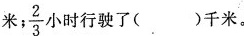
米； \frac{2}{3} 小时行驶了（）千米。